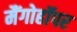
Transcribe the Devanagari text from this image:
मैंगोहॉपर